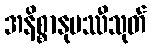
အနိစ္စာနုပဿီသုတ်